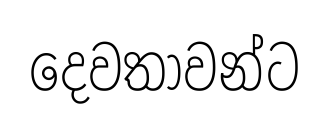
දෙවතාවන්ට